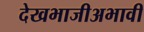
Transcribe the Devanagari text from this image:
देखभाजीअभावी